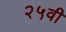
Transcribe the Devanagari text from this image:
२५वी